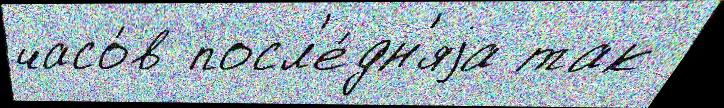
часо́в посл'е́дн'яjа так